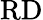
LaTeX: \mathrm{RD}